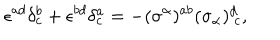
\epsilon ^ { a d } \delta _ { c } ^ { b } + \epsilon ^ { b d } \delta _ { c } ^ { a } = - ( \sigma ^ { \alpha } ) ^ { a b } ( \sigma _ { \alpha } ) _ { ~ c } ^ { d } ,